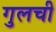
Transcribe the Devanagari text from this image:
गुलची